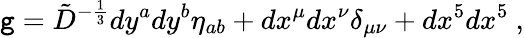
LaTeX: \mathtt{g}={\tilde{{D}}}^{-{\frac{{1}}{{3}}}}dy^{a}dy^{b}\eta_{ab}+dx^{\mu}dx^{\nu}\delta_{\mu\nu}+dx^{5}dx^{5}\ ,